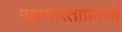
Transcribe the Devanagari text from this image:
महाभारताप्रमाणे